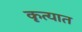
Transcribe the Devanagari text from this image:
कृत्यात